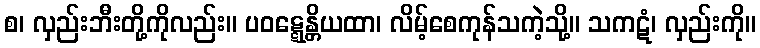
စ၊ လှည်းဘီးတို့ကိုလည်း။ ပဝဋ္ဋေန္တိယထာ၊ လိမ့်စေကုန်သကဲ့သို့။ သကဋံ၊ လှည်းကို။